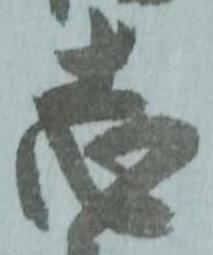
志